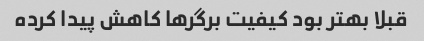
قبلا بهتر بود کیفیت برگر‌ها کاهش پیدا کرده